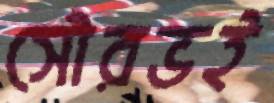
সৌরভই